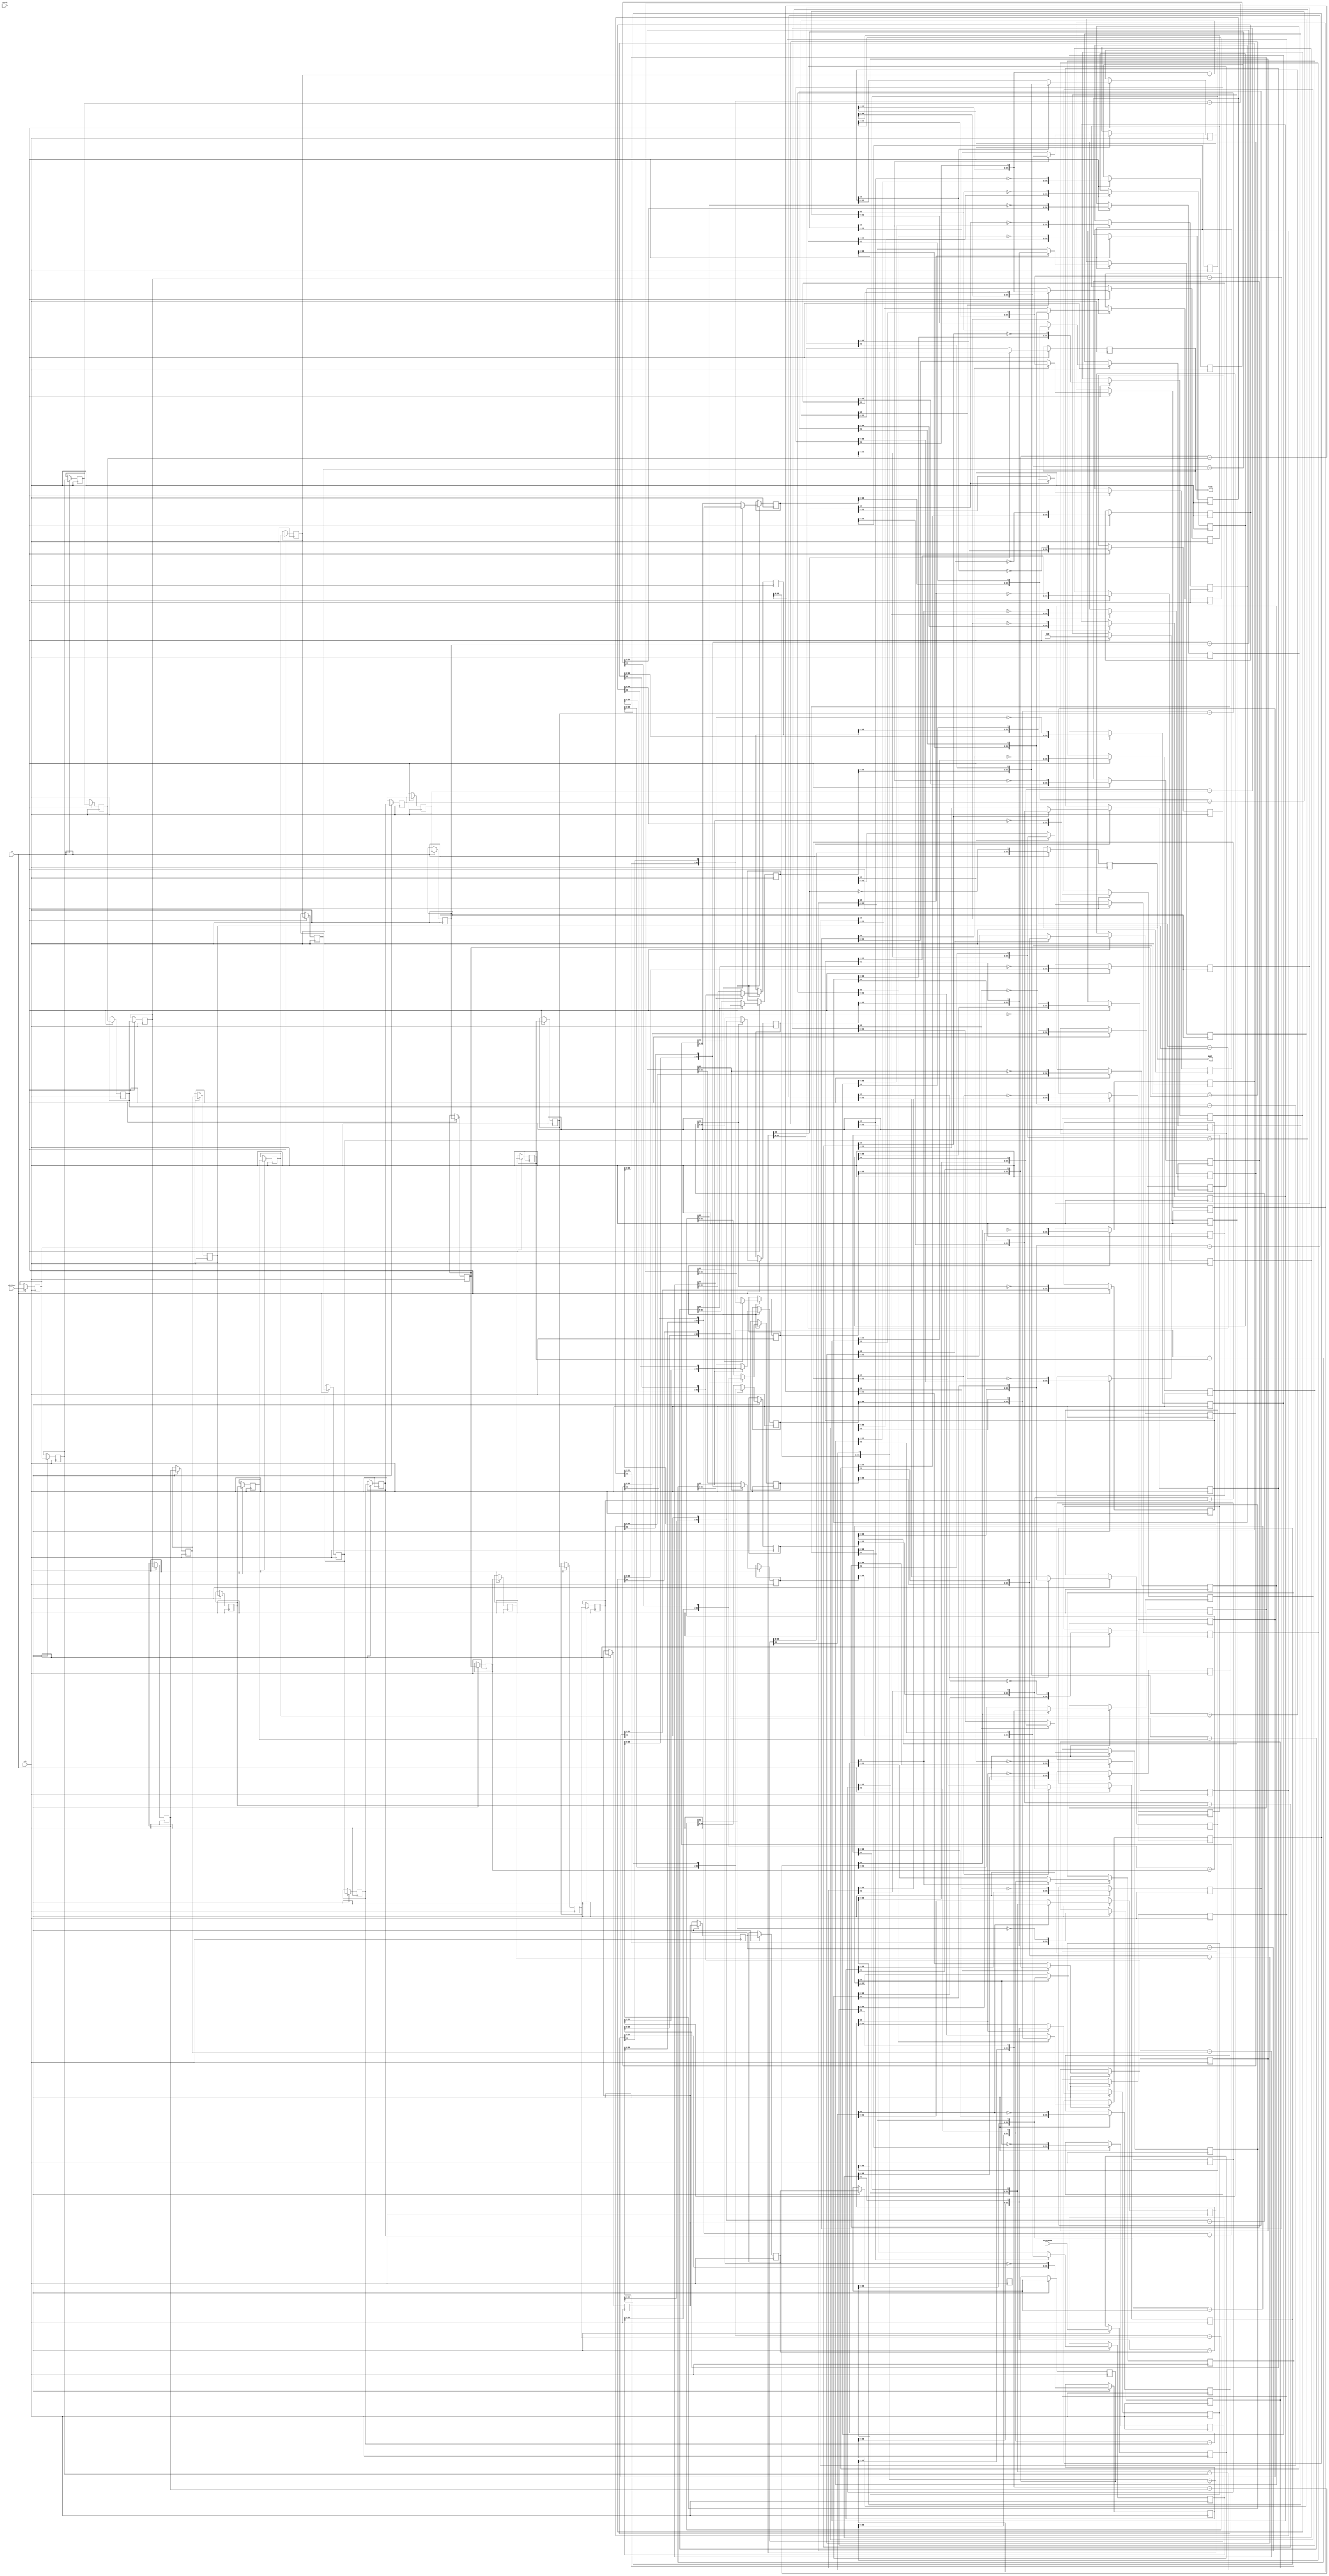
// ==============================================================
// Vivado(TM) HLS - High-Level Synthesis from C, C++ and SystemC v2019.2 (64-bit)
// Copyright 1986-2019 Xilinx, Inc. All Rights Reserved.
// ==============================================================
`timescale 1 ns / 1 ps

module kws_urem_10ns_6nsxdS_div_u
#(parameter
    in0_WIDTH = 32,
    in1_WIDTH = 32,
    out_WIDTH = 32
)
(
    input                       clk,
    input                       reset,
    input                       ce,
    input       [in0_WIDTH-1:0] dividend,
    input       [in1_WIDTH-1:0] divisor,
    output wire [out_WIDTH-1:0] quot,
    output wire [out_WIDTH-1:0] remd
);

localparam cal_WIDTH = (in0_WIDTH > in1_WIDTH)? in0_WIDTH : in1_WIDTH;

//------------------------Local signal-------------------
reg  [in0_WIDTH-1:0] dividend_tmp[0:in0_WIDTH];
reg  [in1_WIDTH-1:0] divisor_tmp[0:in0_WIDTH];
reg  [in0_WIDTH-1:0] remd_tmp[0:in0_WIDTH];
wire [in0_WIDTH-1:0] comb_tmp[0:in0_WIDTH-1];
wire [cal_WIDTH:0]   cal_tmp[0:in0_WIDTH-1];
//------------------------Body---------------------------
assign  quot    = dividend_tmp[in0_WIDTH];
assign  remd    = remd_tmp[in0_WIDTH];

// dividend_tmp[0], divisor_tmp[0], remd_tmp[0]
always @(posedge clk)
begin
    if (ce) begin
        dividend_tmp[0] <= dividend;
        divisor_tmp[0]  <= divisor;
        remd_tmp[0]     <= 1'b0;
    end
end

genvar i;
generate 
    for (i = 0; i < in0_WIDTH; i = i + 1)
    begin : loop
        if (in0_WIDTH == 1) assign  comb_tmp[i]     = dividend_tmp[i][0];
        else                assign  comb_tmp[i]     = {remd_tmp[i][in0_WIDTH-2:0], dividend_tmp[i][in0_WIDTH-1]};
        assign  cal_tmp[i]      = {1'b0, comb_tmp[i]} - {1'b0, divisor_tmp[i]};

        always @(posedge clk)
        begin
            if (ce) begin
                if (in0_WIDTH == 1) dividend_tmp[i+1] <= ~cal_tmp[i][cal_WIDTH];
                else                dividend_tmp[i+1] <= {dividend_tmp[i][in0_WIDTH-2:0], ~cal_tmp[i][cal_WIDTH]};
                divisor_tmp[i+1]  <= divisor_tmp[i];
                remd_tmp[i+1]     <= cal_tmp[i][cal_WIDTH]? comb_tmp[i] : cal_tmp[i][in0_WIDTH-1:0];
            end
        end
    end
endgenerate

endmodule

module kws_urem_10ns_6nsxdS_div
#(parameter
        in0_WIDTH   = 32,
        in1_WIDTH   = 32,
        out_WIDTH   = 32
)
(
        input                           clk,
        input                           reset,
        input                           ce,
        input           [in0_WIDTH-1:0] dividend,
        input           [in1_WIDTH-1:0] divisor,
        output  reg     [out_WIDTH-1:0] quot,
        output  reg     [out_WIDTH-1:0] remd
);
//------------------------Local signal-------------------
reg     [in0_WIDTH-1:0] dividend0;
reg     [in1_WIDTH-1:0] divisor0;
wire    [in0_WIDTH-1:0] dividend_u;
wire    [in1_WIDTH-1:0] divisor_u;
wire    [out_WIDTH-1:0] quot_u;
wire    [out_WIDTH-1:0] remd_u;
//------------------------Instantiation------------------
kws_urem_10ns_6nsxdS_div_u #(
    .in0_WIDTH      ( in0_WIDTH ),
    .in1_WIDTH      ( in1_WIDTH ),
    .out_WIDTH      ( out_WIDTH )
) kws_urem_10ns_6nsxdS_div_u_0 (
    .clk      ( clk ),
    .reset    ( reset ),
    .ce       ( ce ),
    .dividend ( dividend_u ),
    .divisor  ( divisor_u ),
    .quot     ( quot_u ),
    .remd     ( remd_u )
);
//------------------------Body---------------------------
assign dividend_u = dividend0;
assign divisor_u = divisor0;

always @(posedge clk)
begin
    if (ce) begin
        dividend0 <= dividend;
        divisor0  <= divisor;
    end
end

always @(posedge clk)
begin
    if (ce) begin
        quot <= quot_u;
        remd <= remd_u;
    end
end

endmodule


`timescale 1 ns / 1 ps
module kws_urem_10ns_6nsxdS(
    clk,
    reset,
    ce,
    din0,
    din1,
    dout);

parameter ID = 32'd1;
parameter NUM_STAGE = 32'd1;
parameter din0_WIDTH = 32'd1;
parameter din1_WIDTH = 32'd1;
parameter dout_WIDTH = 32'd1;
input clk;
input reset;
input ce;
input[din0_WIDTH - 1:0] din0;
input[din1_WIDTH - 1:0] din1;
output[dout_WIDTH - 1:0] dout;

wire[dout_WIDTH - 1:0] sig_quot;


kws_urem_10ns_6nsxdS_div #(
.in0_WIDTH( din0_WIDTH ),
.in1_WIDTH( din1_WIDTH ),
.out_WIDTH( dout_WIDTH ))
kws_urem_10ns_6nsxdS_div_U(
    .dividend( din0 ),
    .divisor( din1 ),
    .remd( dout ),
    .quot( sig_quot ),
    .clk( clk ),
    .ce( ce ),
    .reset( reset ));

endmodule